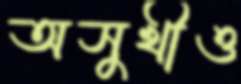
অসুখীও